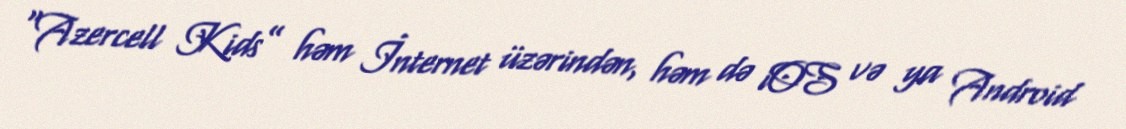
“Azercell Kids” həm İnternet üzərindən, həm də iOS və ya Android